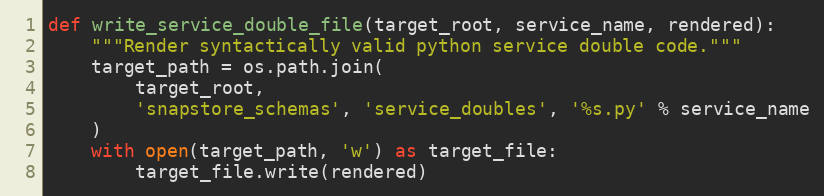
Language: Python
def write_service_double_file(target_root, service_name, rendered):
    """Render syntactically valid python service double code."""
    target_path = os.path.join(
        target_root,
        'snapstore_schemas', 'service_doubles', '%s.py' % service_name
    )
    with open(target_path, 'w') as target_file:
        target_file.write(rendered)